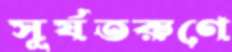
সূর্যতরুণে